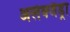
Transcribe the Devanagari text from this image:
अलेक्जैंड्रा